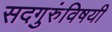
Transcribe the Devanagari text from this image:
सदगुरुंविषयी